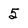
Character: 5